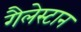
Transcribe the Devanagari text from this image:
गैलेस्टान